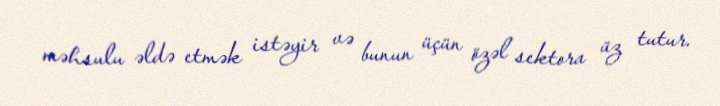
məhsulu əldə etmək istəyir və bunun üçün özəl sektora üz tutur.